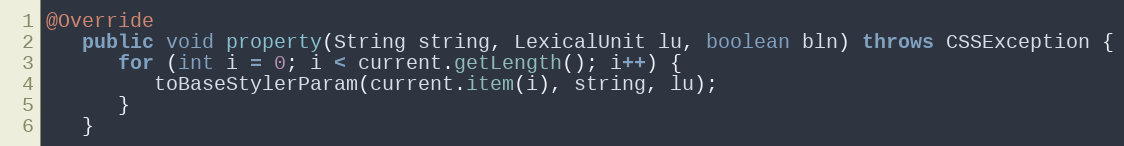
Language: Java
@Override
   public void property(String string, LexicalUnit lu, boolean bln) throws CSSException {
      for (int i = 0; i < current.getLength(); i++) {
         toBaseStylerParam(current.item(i), string, lu);
      }
   }